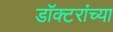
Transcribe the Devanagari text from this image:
डॉक्‍टरांच्या